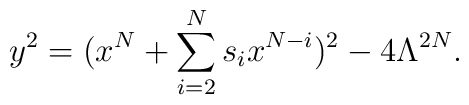
y^2=(x^N+\sum_{i=2}^{N}s_ix^{N-i})^2-4\Lambda^{2N}.